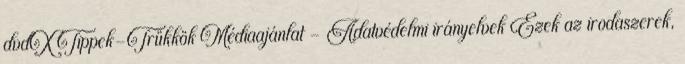
dvdX Tippek-Trükkök Médiaajánlat - Adatvédelmi irányelvek Ezek az irodaszerek,